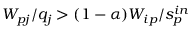
W _ { p j } / q _ { j } > ( 1 - \alpha ) W _ { i p } / s _ { p } ^ { i n }